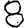
Digit: 8